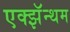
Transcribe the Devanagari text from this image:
एक्झॅन्थम